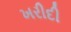
ખરીદી